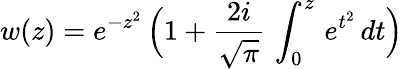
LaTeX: w(z)=e^{-z^{2}}\, \Big(1+\frac{2i}{\sqrt{\pi}}\, \int_{0}^{z}\, e^{t^{2}}\, dt\Big)